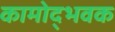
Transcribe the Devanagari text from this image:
कामोद्भवक